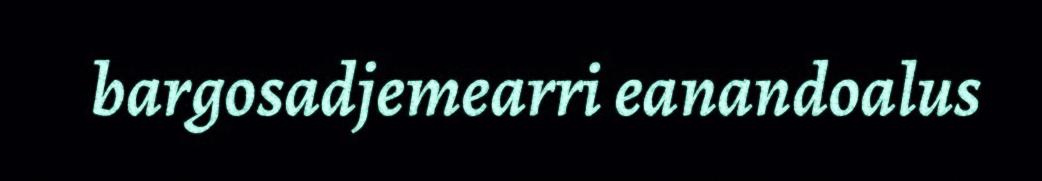
bargosadjemearri eanandoalus